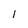
Character: l